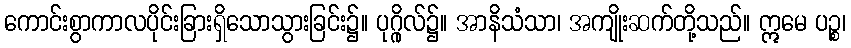
ကောင်းစွာကာလပိုင်းခြားရှိသောသွားခြင်း၌။ ပုဂ္ဂိုလ်၌။ အာနိသံသာ၊ အကျိုးဆက်တို့သည်။ ဣမေ ပဉ္စ၊